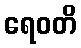
ရေဝတိ